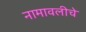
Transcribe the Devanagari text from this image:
नामावलीचे